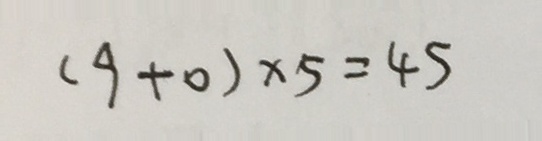
( 9 + 0 ) \times 5 = 4 5